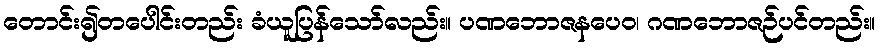
တောင်း၍တပေါင်းတည်း ခံယူပြန်သော်လည်း။ ပဏဘောဇနပေဝ၊ ဂဏဘောဇဉ်ပင်တည်း။